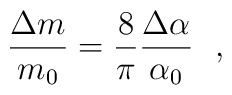
\frac{\Delta m}{m_0}=\frac{8}{\pi}\frac{\Delta \alpha}{\alpha_0}~~,